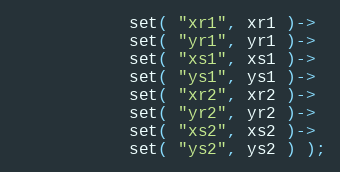
Language: C++
            set( "xr1", xr1 )->
            set( "yr1", yr1 )->
            set( "xs1", xs1 )->
            set( "ys1", ys1 )->
            set( "xr2", xr2 )->
            set( "yr2", yr2 )->
            set( "xs2", xs2 )->
            set( "ys2", ys2 ) );